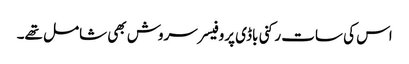
اس کی سات رکنی باڈی پروفیسر سروش بھی شامل تھے۔